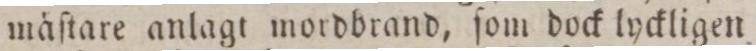
mäſtare anlagt mordbrand, ſom dock lyckligen